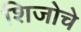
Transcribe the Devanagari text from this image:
शिजोचे